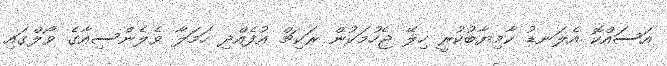
އަސައްކޮ އެލަނޑު ކާމިޔާބުކުރީ ހިލޭ ޖެހުމަކުން ރަކިޗް އުފެއްދި ހަމަލާ ވެލެންސިއާގެ ވޯލްގައި